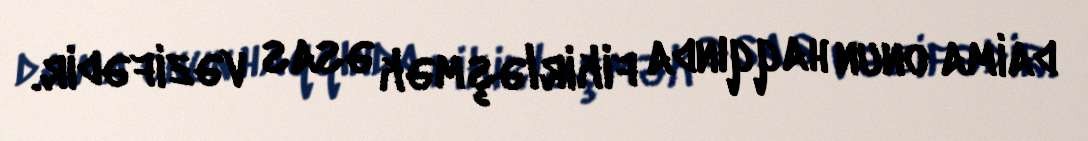
daima onun haqqında fikirləşmək əsas vəzifədir.